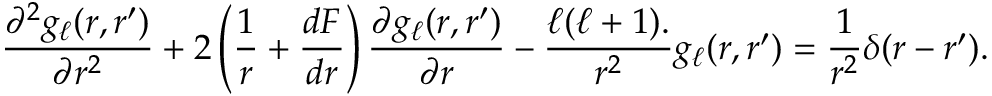
{ \frac { \partial ^ { 2 } g _ { \ell } ( r , r ^ { \prime } ) } { \partial r ^ { 2 } } } + 2 \left( { \frac { 1 } { r } } + { \frac { d F } { d r } } \right) { \frac { \partial g _ { \ell } ( r , r ^ { \prime } ) } { \partial r } } - { \frac { { \ell ( \ell + 1 ) } . } { r ^ { 2 } } } g _ { \ell } ( r , r ^ { \prime } ) = { \frac { 1 } { r ^ { 2 } } } \delta ( r - r ^ { \prime } ) .